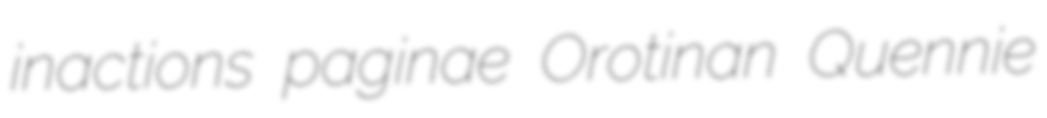
inactions paginae Orotinan Quennie